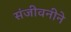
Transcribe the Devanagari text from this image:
संजीवनीने